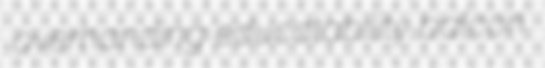
overhanding educatability balcon